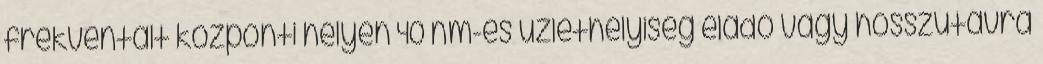
frekventált központi helyen 40 nm-es üzlethelyiség eladó vagy hosszútávra